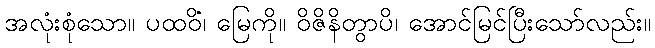
အလုံးစုံသော။ ပထဝိံ၊ မြေကို။ ဝိဇိနိတွာပိ၊ အောင်မြင်ပြီးသော်လည်း။